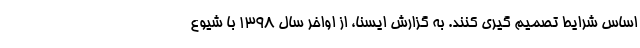
اساس شرایط تصمیم گیری کنند. به گزارش ایسنا، از اواخر سال ۱۳۹۸ با شیوع